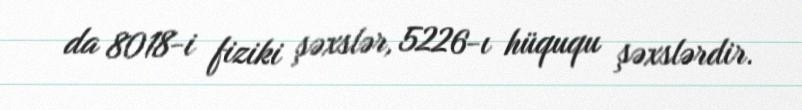
da 8018-i fiziki şəxslər, 5226-ı hüququ şəxslərdir.